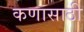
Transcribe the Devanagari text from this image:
कणासाठी